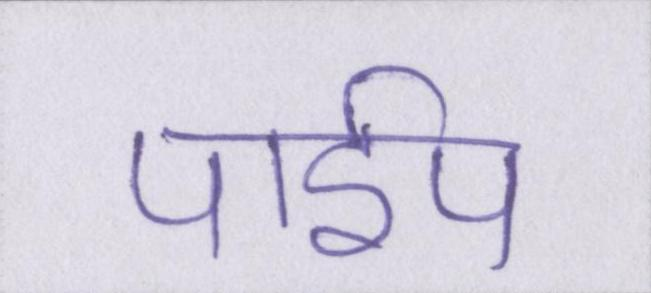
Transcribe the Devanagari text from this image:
पाईप